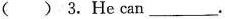
( ) 3. He can ___ .